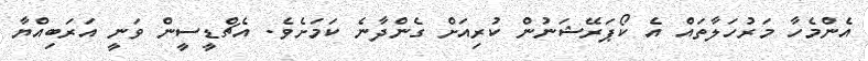
އެންމެހާ މަރުހަލާތައް އެ ކޯޕަރޭޝަނުން ކުރިއަށް ގެންދާނެ ކަމަށެވެ. އެޗްޑީސީން ވަނީ އަރަބިއްޔާ